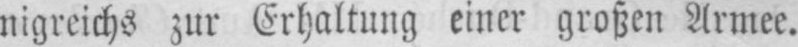
nigreichs zur Erhaltung einer großen Armee.